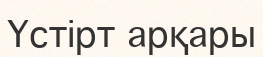
Үстірт арқары